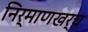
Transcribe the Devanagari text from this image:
निर्माणखर्च